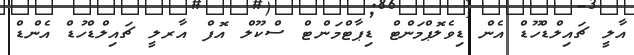
އާލީ ޗައިލްޑްހޫޑް އެން ޑިވެލޮޕްމަންޓް ޑިޕާޓްމަންޓް ސްކޫލް އޮފް އާރލީ ޗައިލްޑްހުޑް އެންޑް